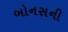
બોનસની